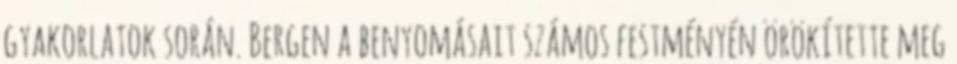
gyakorlatok során. Bergen a benyomásait számos festményén örökítette meg